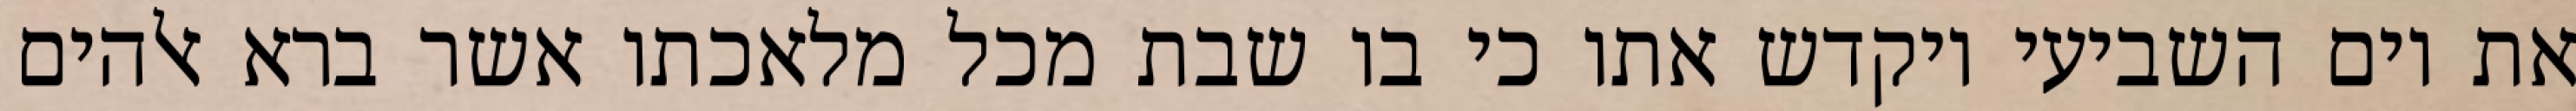
את יום השביעי ויקדש אתו כי בו שבת מכל מלאכתו אשר ברא אלהים